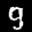
Label: 9